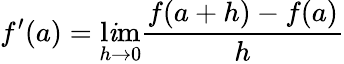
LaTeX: f^{\prime}(a)=\operatorname*{l\mathit{i}m}_{h\to0}{\frac{{f(a+h)-f(a)}}{{h}}}